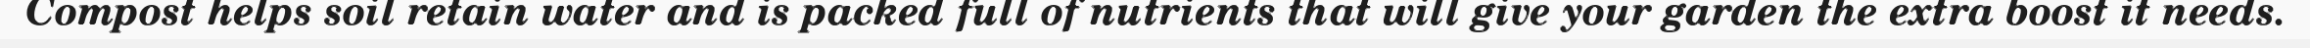
Compost helps soil retain water and is packed full of nutrients that will give your garden the extra boost it needs.